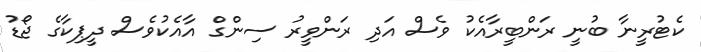
ކެޓުރީނާ ބުނީ ރަންބީރާއެކު ވެސް އަދި ރަންވީރު ސިންގް އާއެކުވެސް ދީޕިކާގެ ޖޯޑު